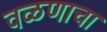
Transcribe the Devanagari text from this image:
वळणाचा